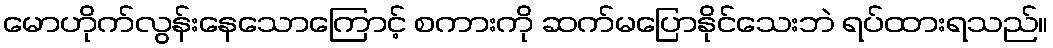
မောဟိုက်လွန်းနေသောကြောင့် စကားကို ဆက်မပြောနိုင်သေးဘဲ ရပ်ထားရသည်။